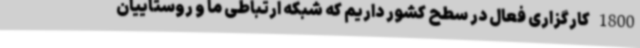
1800 کارگزاری فعال در سطح کشور داریم که شبکه ارتباطی ما و روستاییان